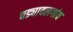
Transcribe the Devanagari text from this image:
चड्यावलगांव